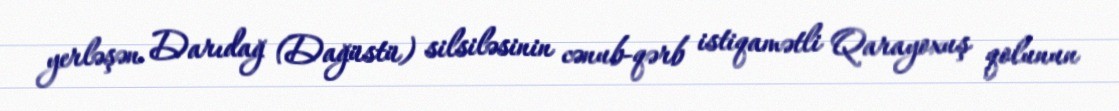
yerləşən Darıdağ (Dağüstü) silsiləsinin cənub-qərb istiqamətli Qarayoxuş qolunun